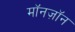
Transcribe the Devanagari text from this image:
मॉनज़ॉन